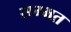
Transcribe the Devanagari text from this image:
सम्भत